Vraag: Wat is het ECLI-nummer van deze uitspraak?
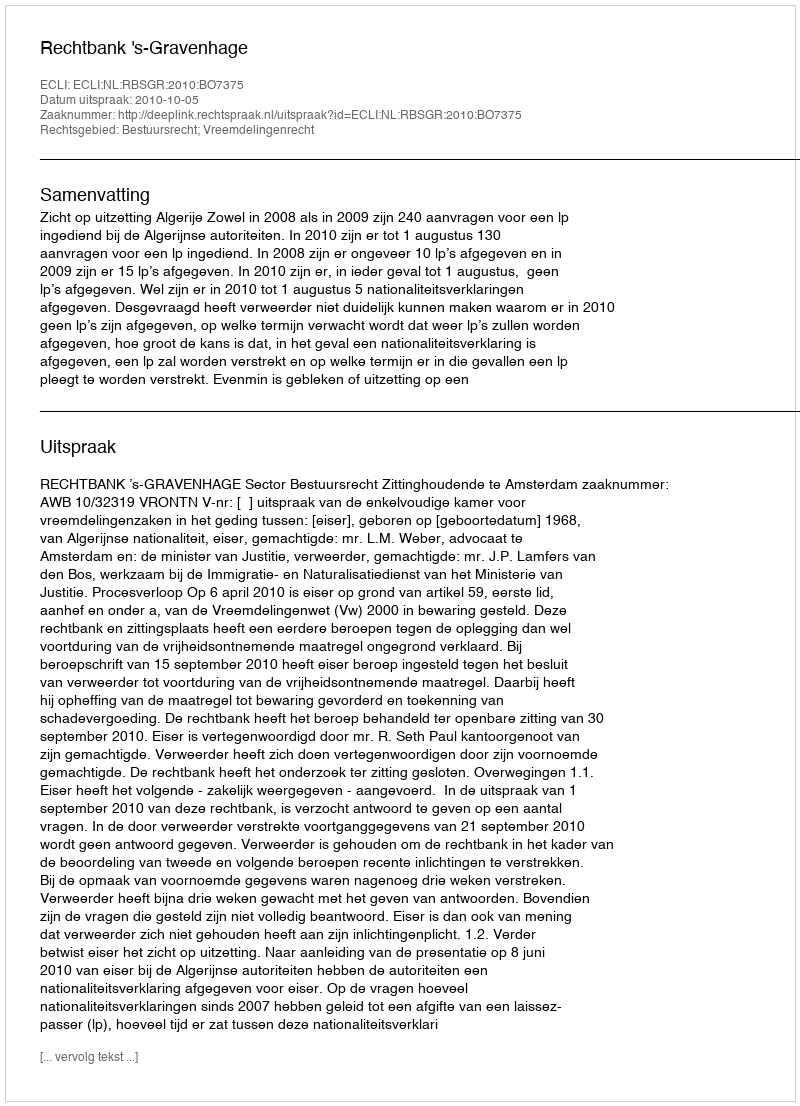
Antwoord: ECLI:NL:RBSGR:2010:BO7375